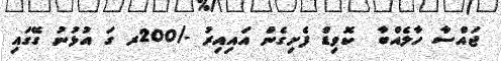
ޖައްސާ ހާލެއްބާ  ކޮވިޑް ފެށިގެން އަައިއިރު -/200ރ ގަ އުޅުނު ގޭގައި